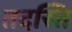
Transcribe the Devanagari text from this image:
तदस्ति